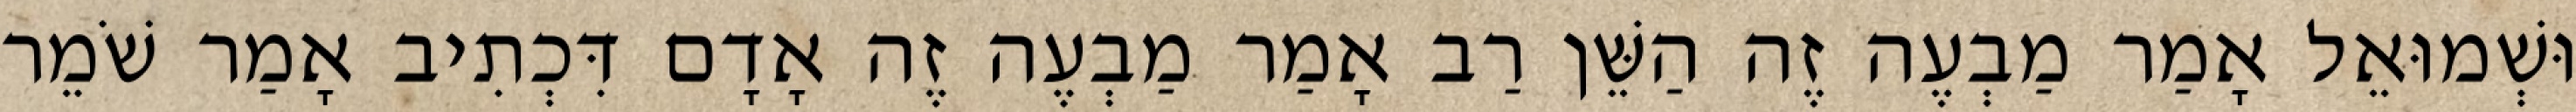
וּשְׁמוּאֵל אָמַר מַבְעֶה זֶה הַשֵּׁן רַב אָמַר מַבְעֶה זֶה אָדָם דִּכְתִיב אָמַר שֹׁמֵר